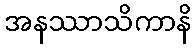
အနဿာသိကာနိ